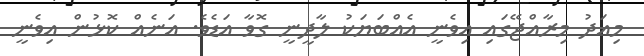
މިއަދު މިރާއްޖޭގައި އިވެނީ އެއްބަޔަކު ލާދީނީ ގޮވާ އަޑެވެ. އަނެއް ކޮޅުން އިވެނީ